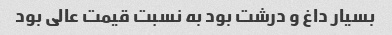
بسیار داغ و درشت بود به نسبت قیمت عالی بود